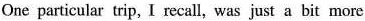
One particular trip, I recall, was just a hit more